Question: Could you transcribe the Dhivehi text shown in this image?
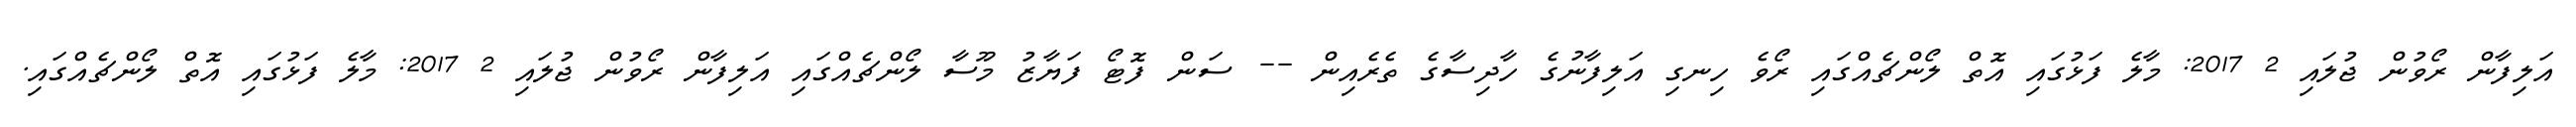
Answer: އަލިފާން ރޯވުން ޖުލައި 2 2017: މާލެ ފަޅުގައި އޮތް ލޯންޗެއްގައި ރޯވެ ހިނގި އަލިފާނުގެ ހާދިސާގެ ތެރެއިން -- ސަން ފޮޓޯ ފަޔާޒު މޫސާ ލޯންޗެއްގައި އަލިފާން ރޯވުން ޖުލައި 2 2017: މާލެ ފަޅުގައި އޮތް ލޯންޗެއްގައި.